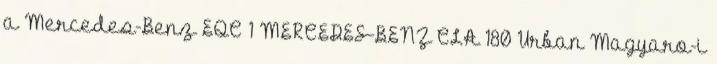
a Mercedes-Benz EQC 1 MERCEDES-BENZ CLA 180 Urban Magyaro-i